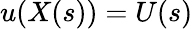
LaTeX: u(X(s))=U(s)